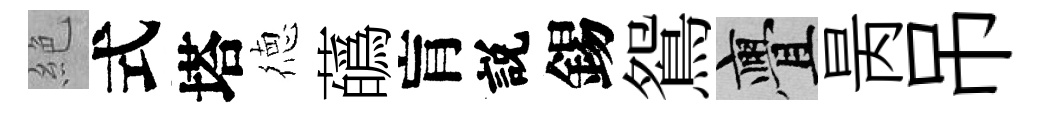
絶式塔徳蘤肓説錫鴛亹昺吊